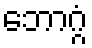
ဘောဂ္ဂံ